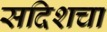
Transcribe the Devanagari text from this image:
सदिशचा